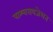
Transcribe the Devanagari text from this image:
पाश्‍चरायजेशन